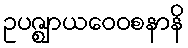
ဥပဇ္ဈာယဝေဝစနာနိ